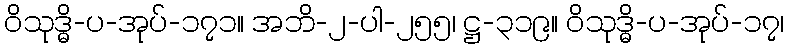
ဝိသုဒ္ဓိ-ပ-အုပ်-၁၇၁။ အဘိ-၂-ပါ-၂၅၅၊ ဋ္ဌ-၃၁၉။ ဝိသုဒ္ဓိ-ပ-အုပ်-၁၇၊